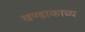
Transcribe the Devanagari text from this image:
खण्डाकाव्य